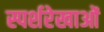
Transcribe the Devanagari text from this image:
स्पर्शरेखाओं